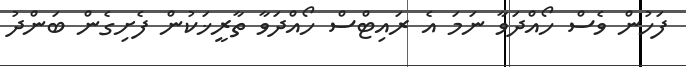
ފަހުން ވެސް ހޯއްދަވާ ނަމަ އެ ރައިޓްސް ހޯއްދަވާ ތާރީޚަކުން ފެށިގެން ބަންދު